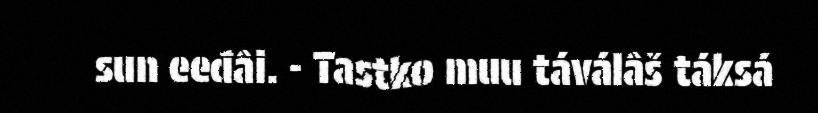
sun eeđâi. - Tastko muu táválâš táksá